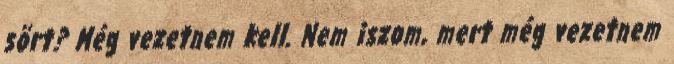
sört? Még vezetnem kell. Nem iszom, mert még vezetnem